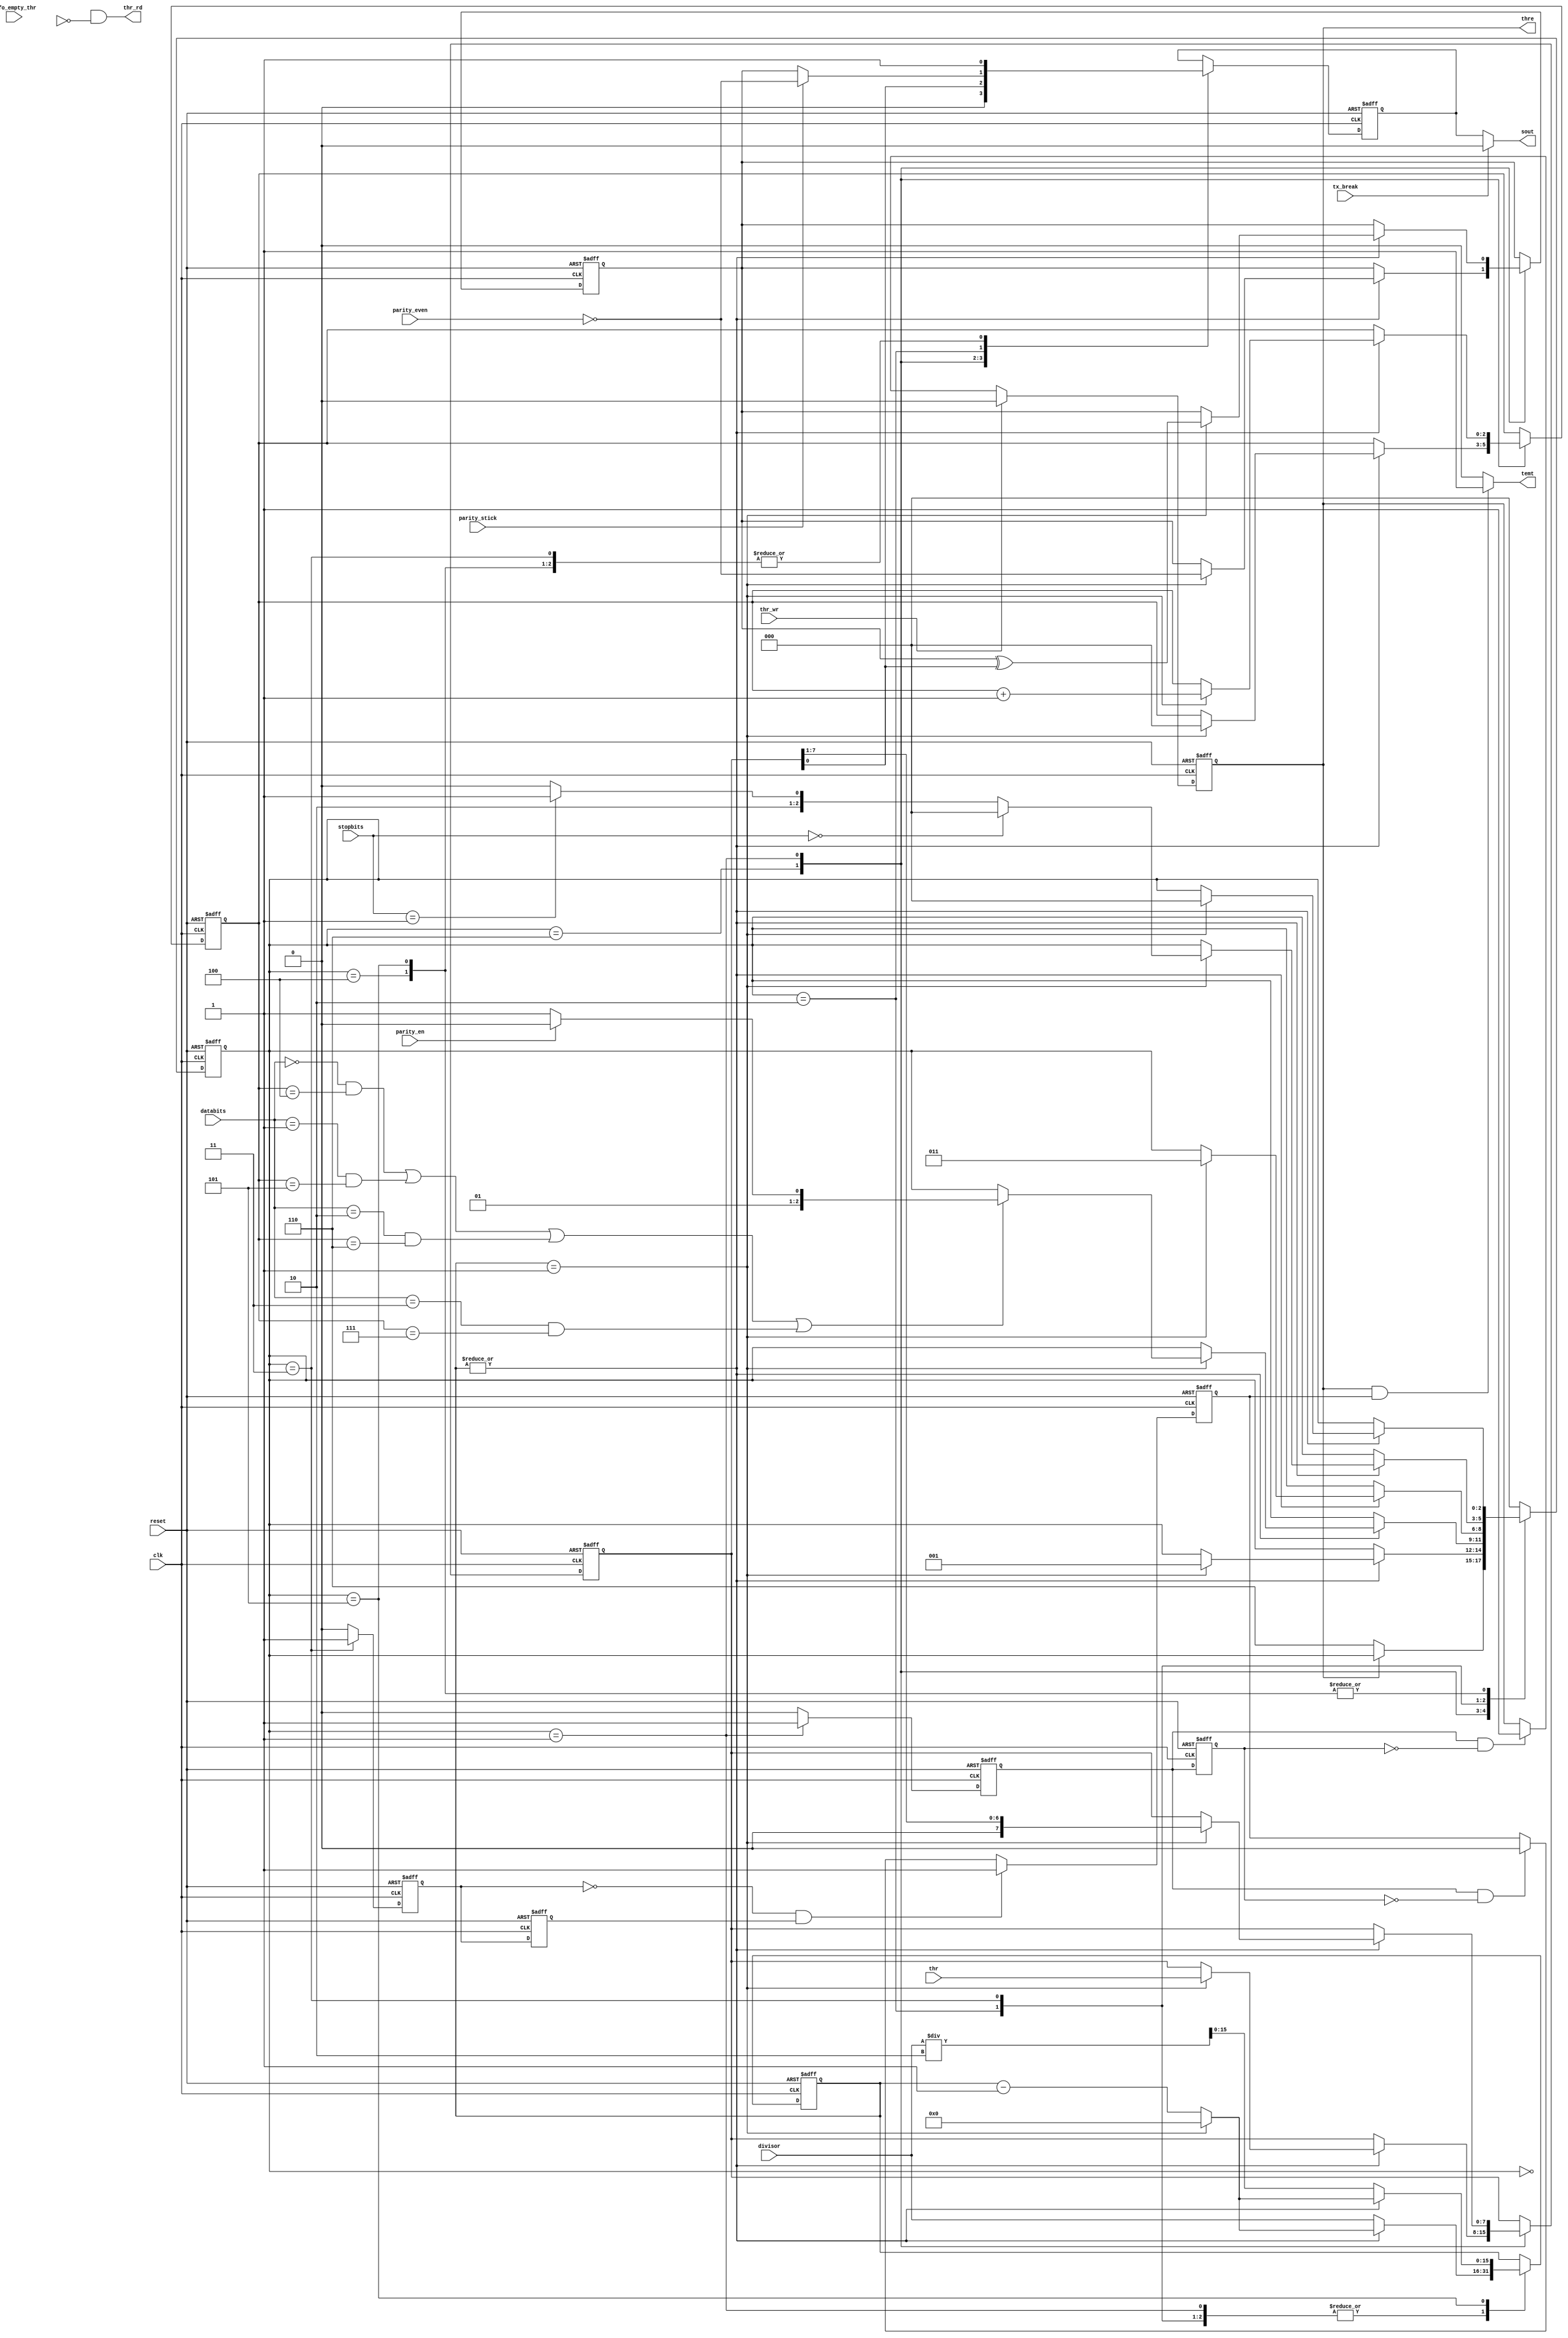
module txmitt #(parameter UART_WB_DAT_WIDTH = 8,
                parameter FIFO = 0) 
  (  
  reset,         // Global reset and clock
  clk,      
  thr,           // Register THR                    
  thr_wr,        // THR write strobe 
  sout,          // Transmitter output              
  databits,      // Transmitter control             
  stopbits,      
  parity_en,     
  parity_even,   
  parity_stick,  
  tx_break,      
  thre,          // Transmitter status  
  temt,
  fifo_empty_thr,
  thr_rd,
  divisor);

  input    reset ;
  input    clk   ;
  input [UART_WB_DAT_WIDTH-1 :0]   thr;
                 
  input                    thr_wr ;
  input [1:0]              databits;
  input [1:0]              stopbits;
  input                    parity_en;
  input                    parity_even ;
  input                    parity_stick; 
  input                    tx_break ;
  input                    fifo_empty_thr;
  output                   thr_rd;
                 
  output                   thre;
  output                   temt;
  output                   sout;
  input [15:0]             divisor;
  
  reg                      tx_output;
  reg [UART_WB_DAT_WIDTH-1 :0]     tsr;
  reg                      tx_parity;
  reg                      thr_empty;
  reg                      tsr_empty;
  reg                      tx_in_start_s;
  reg                      tx_in_shift_s;
  reg                      tx_in_stop_s;
  reg                      tx_in_shift_s1; //tx_in_shift_s delayed 1 clock
  reg                      tx_in_stop_s1; //tx_in_stop_s delayed 1 clock
  reg                      txclk_ena;
  reg                      txclk_enb;
  reg [2:0]                tx_cnt;
  reg [3:0]                count_v;
  reg                      thr_rd_int;
  reg                      thr_rd_delay;
  reg                      last_word;
  
  // State Machine Definition
  parameter start        = 3'b000;
  parameter shift        = 3'b001;
  parameter parity       = 3'b010;
  parameter stop_1bit    = 3'b011;
  parameter stop_2bit    = 3'b100;
  parameter stop_halfbit = 3'b101;
  parameter start1       = 3'b110; 
 
  reg [2:0] tx_state;
  reg [15:0] counter;
  wire [15:0] divisor_2;
  assign divisor_2 = divisor/2;

 generate 
   if (FIFO == 1)  
   // Generate Single cycle THR FIFO read signal 
   always @(posedge clk or posedge reset)
     if (reset)
       thr_rd_delay <= 1'b0;
     else
       thr_rd_delay <= thr_rd_int;
   assign thr_rd = thr_rd_int & ~thr_rd_delay; 	     
 endgenerate

   ////////////////////////////////////////////////////////////////////////////////
   // Transmitter Finite State Machine
   ////////////////////////////////////////////////////////////////////////////////

   generate
   begin
      if (FIFO == 1)
      begin

     always @(posedge clk or posedge reset) begin
     if (reset) 
       thr_rd_int <= 1'b0;
     else begin
       if ((tx_state == start) && (!fifo_empty_thr) && !thr_rd_int)
         thr_rd_int <= 1'b1;
       else if (tx_state == shift)
	 thr_rd_int <= 1'b0;      
     end
     end

     always @(posedge clk or posedge reset) begin
     if (reset) begin
          tx_cnt    <= 0;
          tsr       <= 0;
          tx_output <= 1'b1;
          tx_parity <= 1'b1;
          tx_state  <= start; 
          last_word <= 1'b0;
          counter   <= 16'b0000000000000000;end 
     else begin
        case (tx_state)

  start:  
	if (thr_rd_delay)   
	  tx_state <= start1;
	  
  start1: begin
             if (last_word)
		  last_word <= 1'b0;
            if ( ~|counter)
	      counter <= divisor;
            else begin
	      if (counter == 16'b0000_0000_0000_0001) begin
		 counter <= 0;
	         tx_state <= shift;
                 tx_parity <= ~parity_even;  // TxParity initialization
                 tx_cnt <= 0;		
		 tsr <= thr;
	      end
              else
	        counter <= counter - 1'b1;
	     end
              tx_output <= 1'b0;	
         end

	 shift: begin
	     tx_output <= tsr[0];	 
	     if ( ~|counter)
	      counter <= divisor;
             else begin
	      if (counter == 16'b0000_0000_0000_0001) begin
		tx_parity <= tx_parity ^ tsr[0];
		counter <= 0;      
                tsr <= {1'b0, tsr[7:1]};      // Shift serial data out
                tx_cnt <= tx_cnt + 1;
                if ((databits==2'b00 && tx_cnt==3'h4) || 
                    (databits==2'b01 && tx_cnt==3'h5) || 
                    (databits==2'b10 && tx_cnt==3'h6) || 
                    (databits==2'b11 && tx_cnt==3'h7))   
                    tx_state <= (parity_en) ? parity : stop_1bit;
                end
	      else 
	        counter <= counter - 1'b1;
             end
           end 	     
	  parity: begin
            if ( ~|counter)
	      counter <= divisor;
             else begin
	      if (counter == 16'b0000_0000_0000_0001) begin
		counter <= 0;
                tx_state <= stop_1bit;
              end
	      else
		counter <= counter - 1'b1;
             end
             tx_output <= (parity_stick) ? (~parity_even) : tx_parity;
           end 	     
              
	   stop_1bit: begin
             if ( ~|counter)
	      counter <= divisor;
             else begin
	      if (counter == 16'b0000_0000_0000_0001) begin
		counter <= 0; 
                if (fifo_empty_thr)
	          last_word <= 1'b1;
                if (stopbits == 2'b00)      // 1 stop bit 
		   tx_state <= start; 	   
                else if (stopbits == 2'b01) // 1.5 stop bits(for 5-bit data only)
                   tx_state <= stop_halfbit;
                else
                   tx_state <= stop_2bit;    // 2 stop bits(for 6,7,8-bit data)
              end
	      else
		counter <= counter - 1'b1;
             end 	
             tx_output  <= 1'b1;
           end		   
   
	   stop_2bit: begin
             if ( ~|counter)
	      counter <= divisor;
             else begin
	      if (counter == 16'b0000_0000_0000_0001) begin
		counter <= 0;
                tx_state <= start;
	      end
              else
	        counter <= counter - 1'b1;
             end
              tx_output <= 1'b1;	     
           end		   
          
	   stop_halfbit: begin
             if ( ~|counter)
	      counter <= divisor_2;
             else begin
	      if (counter == 16'b0000_0000_0000_0001) begin
		counter <= 0;           		   
                tx_state <= start;
	      end
              else
	        counter <= counter - 1'b1;
             end
              tx_output <= 1'b1;	     
           end          
          default: tx_state <= start;
        endcase             
     end
   end
      end
      else
      begin

   always @(posedge clk or posedge reset) begin
     if (reset) begin
          tx_cnt    <= 0;
          tsr       <= 0;
          tx_output <= 1'b1;
          tx_parity <= 1'b1;
          tx_state  <= start; 
          counter   <= 16'b0000000000000000; end 
     else begin
        case (tx_state)
         start: 
            if (!thr_empty)
              tx_state <= start1;

         start1: begin 
            if ( ~|counter)
	      counter <= divisor;
            else begin
	      if (counter == 16'b0000_0000_0000_0001) begin
		 counter <= 0;
	         tx_state <= shift;
                 tx_parity <= ~parity_even;  // TxParity initialization
                 tx_cnt <= 0;		
		 tsr <= thr;
	      end
              else
	        counter <= counter - 1'b1;
	     end
              tx_output <= 1'b0;
         end

          shift: begin
	     tx_output <= tsr[0];	 
	     if ( ~|counter)
	      counter <= divisor;
             else begin
	      if (counter == 16'b0000_0000_0000_0001) begin
		tx_parity <= tx_parity ^ tsr[0];      
		counter <= 0;      
                tsr <= {1'b0, tsr[7:1]};      // Shift serial data out
                tx_cnt <= tx_cnt + 1;
                if ((databits==2'b00 && tx_cnt==3'h4) || 
                    (databits==2'b01 && tx_cnt==3'h5) || 
                    (databits==2'b10 && tx_cnt==3'h6) || 
                    (databits==2'b11 && tx_cnt==3'h7))   
                    tx_state <= (parity_en) ? parity : stop_1bit;
                end
	      else 
	        counter <= counter - 1'b1;
             end
           end 
          
          parity:begin
            if ( ~|counter)
	      counter <= divisor;
             else begin
	      if (counter == 16'b0000_0000_0000_0001) begin
		counter <= 0;
                tx_state <= stop_1bit;
              end
	      else
		counter <= counter - 1'b1;
             end
             tx_output <= (parity_stick) ? (~parity_even) : tx_parity;
           end

          stop_1bit: begin
             if ( ~|counter)
	      counter <= divisor;
             else begin
	      if (counter == 16'b0000_0000_0000_0001) begin
		counter <= 0; 
                if (stopbits == 2'b00)      // 1 stop bit 
		   tx_state <= start; 	   
                else if (stopbits == 2'b01) // 1.5 stop bits(for 5-bit data only)
                   tx_state <= stop_halfbit;
                else
                   tx_state <= stop_2bit;    // 2 stop bits(for 6,7,8-bit data)
              end
	      else
		counter <= counter - 1'b1;
             end 	
             tx_output  <= 1'b1;
           end

          stop_2bit: begin
             if ( ~|counter)
	      counter <= divisor;
             else begin
	      if (counter == 16'b0000_0000_0000_0001) begin
		counter <= 0;
                tx_state <= start;
	      end
              else
	        counter <= counter - 1'b1;
             end
              tx_output <= 1'b1;	     
           end
          
          stop_halfbit:begin
             if ( ~|counter)
	      counter <= divisor_2;
             else begin
	      if (counter == 16'b0000_0000_0000_0001) begin
		counter <= 0;           		   
                tx_state <= start;
	      end
              else
	        counter <= counter - 1'b1;
             end
              tx_output <= 1'b1;	     
           end

          default: tx_state <= start;
        endcase             
     end
   end         
      end
   end
endgenerate



   ////////////////////////////////////////////////////////////////////////////////
   // Generate tsr_empty and thr_empty signals
   ////////////////////////////////////////////////////////////////////////////////

   // tsr_empty : will be set whenever tsr is empty
generate 
begin
   if (FIFO == 1)
   begin
       always @(posedge clk or posedge reset) begin 
        if (reset)
          tsr_empty <= 1'b1;
        else if (tx_in_stop_s == 1'b0 && tx_in_stop_s1 == 1'b1 && last_word) 
          tsr_empty <= 1'b1; // Set TsrEmpty flag to '1' when StopBit(s) is all transmitted 
        else if (tx_in_shift_s == 1'b1 && tx_in_shift_s1 == 1'b0)
          tsr_empty <= 1'b0; //Reset TsrEmpty flag to '0' when data is transferred from THR to TSR
     end  
   end
   else
   begin
         always @(posedge clk or posedge reset) begin 
        if (reset)
          tsr_empty <= 1'b1;		
        else if (tx_in_stop_s == 1'b0 && tx_in_stop_s1 == 1'b1)
          tsr_empty <= 1'b1; // Set TsrEmpty flag to '1' when StopBit(s) is all transmitted 
        else if (tx_in_shift_s == 1'b1 && tx_in_shift_s1 == 1'b0)
          tsr_empty <= 1'b0; //Reset TsrEmpty flag to '0' when data is transferred from THR to TSR
     end
   end
end
endgenerate


   
generate
if (FIFO == 1)
begin
    always @(posedge clk or posedge reset) begin 
     if (reset)
       thr_empty <= 1'b1;
     else if (thr_wr)
       thr_empty <= 1'b0; // Reset ThrEmpty flag to '0' when data is written into THR by CPU   
     else if (fifo_empty_thr && tx_in_shift_s && !tx_in_shift_s1) // Set ThrEmpty flag to '1' THR FIFO is empty	     	     
       thr_empty <= 1'b1;      
     end  
end
else
begin
      always @(posedge clk or posedge reset) begin 
     if (reset)
       thr_empty <= 1'b1;
     else if (thr_wr)
       thr_empty <= 1'b0; // Reset ThrEmpty flag to '0' when data is written into THR by CPU   	     
     else if (tx_in_shift_s && !tx_in_shift_s1) // Set ThrEmpty flag to '1' when data is transferred from THR to TSR 	     
       thr_empty <= 1'b1;      
     end
end
      
endgenerate


   
   
   ////////////////////////////////////////////////////////////////////////////////
          // Delayed signals for edge detections
   ////////////////////////////////////////////////////////////////////////////////
   always @(posedge clk or posedge reset) begin
        if (reset) begin
          tx_in_shift_s1 <= 1'b0;
          tx_in_stop_s1  <= 1'b0;
          end          
        else begin
          tx_in_shift_s1 <= tx_in_shift_s;
          tx_in_stop_s1  <= tx_in_stop_s;
          end
     end
   
   ////////////////////////////////////////////////////////////////////////////////
   // Transmitter FSM state indication signals
   ////////////////////////////////////////////////////////////////////////////////
   
   // tx_in_shift_s : will be set whenever transmitter is in shift state
   always @(posedge clk or posedge reset) begin 
        if (reset)
          tx_in_shift_s <= 1'b0;
        else if (tx_state == shift)
          tx_in_shift_s <= 1'b1;
        else
          tx_in_shift_s <= 1'b0;
     end
   
   // tx_in_stop_s : will be set whenever transmitter is in stop_1bit state
   always @(posedge clk or posedge reset) begin 
        if (reset)
          tx_in_stop_s <= 1'b0;
        else if (tx_state == stop_1bit)
          tx_in_stop_s <= 1'b1;
        else
          tx_in_stop_s <= 1'b0;
     end   
   
 ////////////////////////////////////////////////////////////////////////////////
 // Generate thre/temt flags
 ////////////////////////////////////////////////////////////////////////////////
 
 // Transmitter Holding Register Empty Indicator
 assign thre = thr_empty;
 
 // Transmitter Empty Indicator is set to '1' whenever thr and tsr are
 // both empty, and reset to '0' when either thr or tsr contain a character
 assign temt =((thr_empty==1'b1) && (tsr_empty==1'b1)) ?  1'b1 : 1'b0;
 
 // Serial Data Output
 // If Break Control bit is set to 1, the serial output is forced to Zero
 assign sout = (tx_break==1'b1) ? 1'b0 : tx_output;
   
endmodule